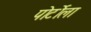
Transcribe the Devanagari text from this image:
पोर्टोला